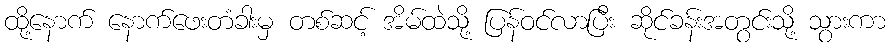
ထို့နောက် နောက်ဖေးတံခါးမှ တစ်ဆင့် အိမ်ထဲသို့ ပြန်ဝင်လာပြီး ဆိုင်ခန်းအတွင်းသို့ သွားကာ